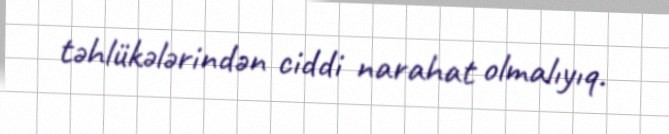
təhlükələrindən ciddi narahat olmalıyıq.